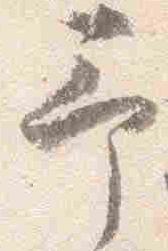
予